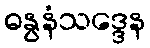
ဓနွနံသဒ္ဒေန